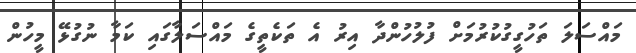
މައްސަލަ ތަހުގީގުކުރުމަށް ފުލުހުންދާ އިރު އެ ތަކެތީގެ މައްސަލާގައި ކަމާ ނުގުޅޭ މީހުން